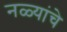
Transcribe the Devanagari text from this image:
नळ्यांचे